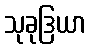
သုခုဒြယာ